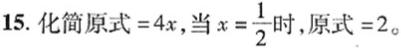
15. 化简原式$ = 4x$，当$x = \frac{1}{2}$时，原式$ = 2$。